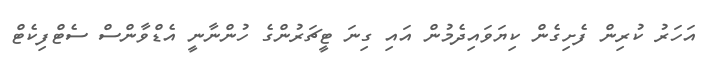
އަހަރު ކުރިން ފެށިގެން ކިޔަވައިދެމުން އައި ގިނަ ޓީޗަރުންގެ ހުންނާނީ އެޑްވާންސް ސެޓްފިކެޓް